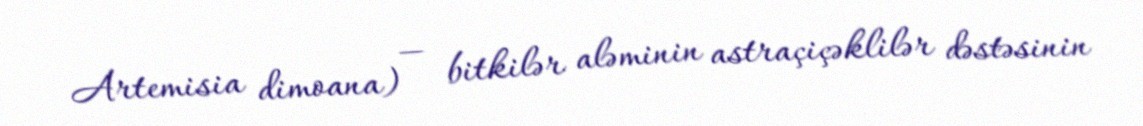
Artemisia dimoana) — bitkilər aləminin astraçiçəklilər dəstəsinin